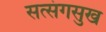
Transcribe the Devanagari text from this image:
सत्संगसुख